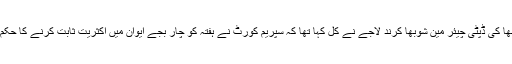
راجیہ سبھا کی ڈپٹی چیئر مین شوبھا کرند لاجے نے کل کہا تھا کہ سپریم کورٹ نے ہفتہ کو چار بجے ایوان میں اکثریت ثابت کرنے کا حکم دیا ہے ۔